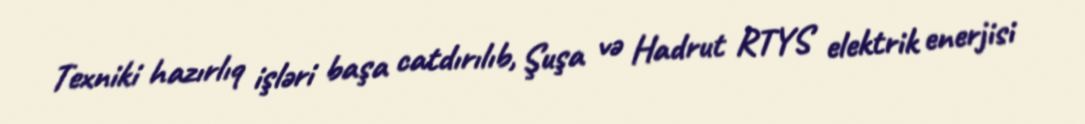
Texniki hazırlıq işləri başa catdırılıb, Şuşa və Hadrut RTYS elektrik enerjisi